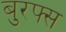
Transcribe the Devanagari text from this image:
बुरफ्स